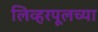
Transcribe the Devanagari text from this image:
लिव्हरपूलच्या